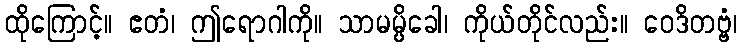
ထိုကြောင့်။ ဧတံ၊ ဤရောဂါကို။ သာမမ္ပိခေါ၊ ကိုယ်တိုင်လည်း။ ဝေဒိတဗ္ဗံ၊